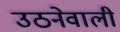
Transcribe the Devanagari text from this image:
उठनेवाली